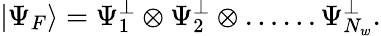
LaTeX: \left|\Psi_{F}\right\rangle=\Psi_{1}^{\perp}\otimes\Psi_{2}^{\perp}\otimes\ldots\ldots\Psi_{N_{w}}^{\perp}.